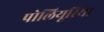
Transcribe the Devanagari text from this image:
पोलियूरिया